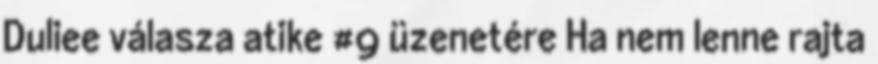
Duliee válasza atike #9 üzenetére Ha nem lenne rajta